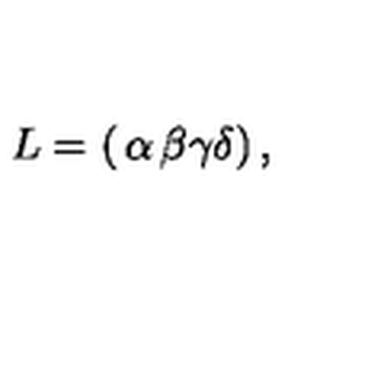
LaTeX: L = \left( \begin{matrix} { \alpha } & { \beta } \\ { \gamma } & { \delta } \\ \end{matrix} \right) ,